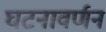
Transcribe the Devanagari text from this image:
घटनावर्णन